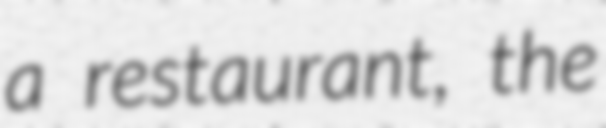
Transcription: a restaurant, the